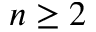
n \geq 2